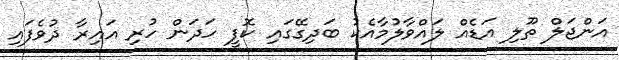
އަންޖަލް ތޫލި އަޑެއް ލައްވާލުމާއެކު ބަދިގޭގައި ކޮފީ ހަދަން ހުރި އައިރާ ދުވެފައި